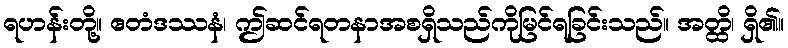
ရဟန်းတို့။ ဧတံဒဿနံ၊ ဤဆင်ရတနာအစရှိသည်ကိုမြင်ရခြင်းသည်။ အတ္ထိ၊ ရှိ၏။